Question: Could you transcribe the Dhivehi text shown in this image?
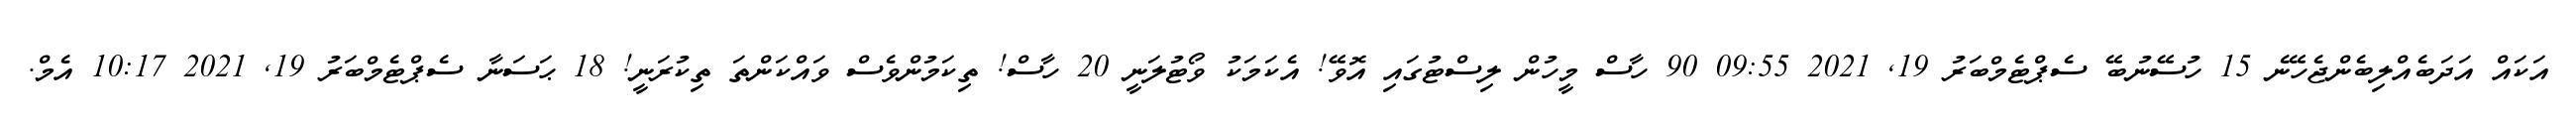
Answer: އަކައް އަދަބެއްލިބެންޖެހޭނެ 15 ހުސޭނުބޭ ސެޕްޓެމްބަރު 19, 2021 09:55 90 ހާސް މީހުން ލިސްޓުގައި އޮވޭ! އެކަމަކު ވޯޓުލަނީ 20 ހާސް! ތިކަމުންވެސް ވައްކަންތަ ތިކުރަނީ! 18 ޙަސަނާ ސެޕްޓެމްބަރު 19, 2021 10:17 އެމް.